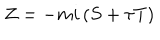
Z = - m i \left( S + \tau T \right)